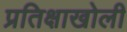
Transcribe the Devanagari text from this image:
प्रतिक्षाखोली